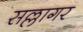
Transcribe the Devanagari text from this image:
सल्लागर